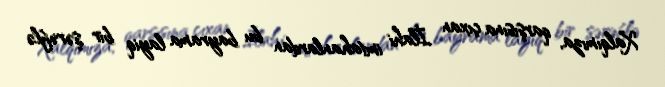
Xalqımıza, qarşısına çıxan İlahi imtahanlardan bu bayrama layiq bir şərəflə